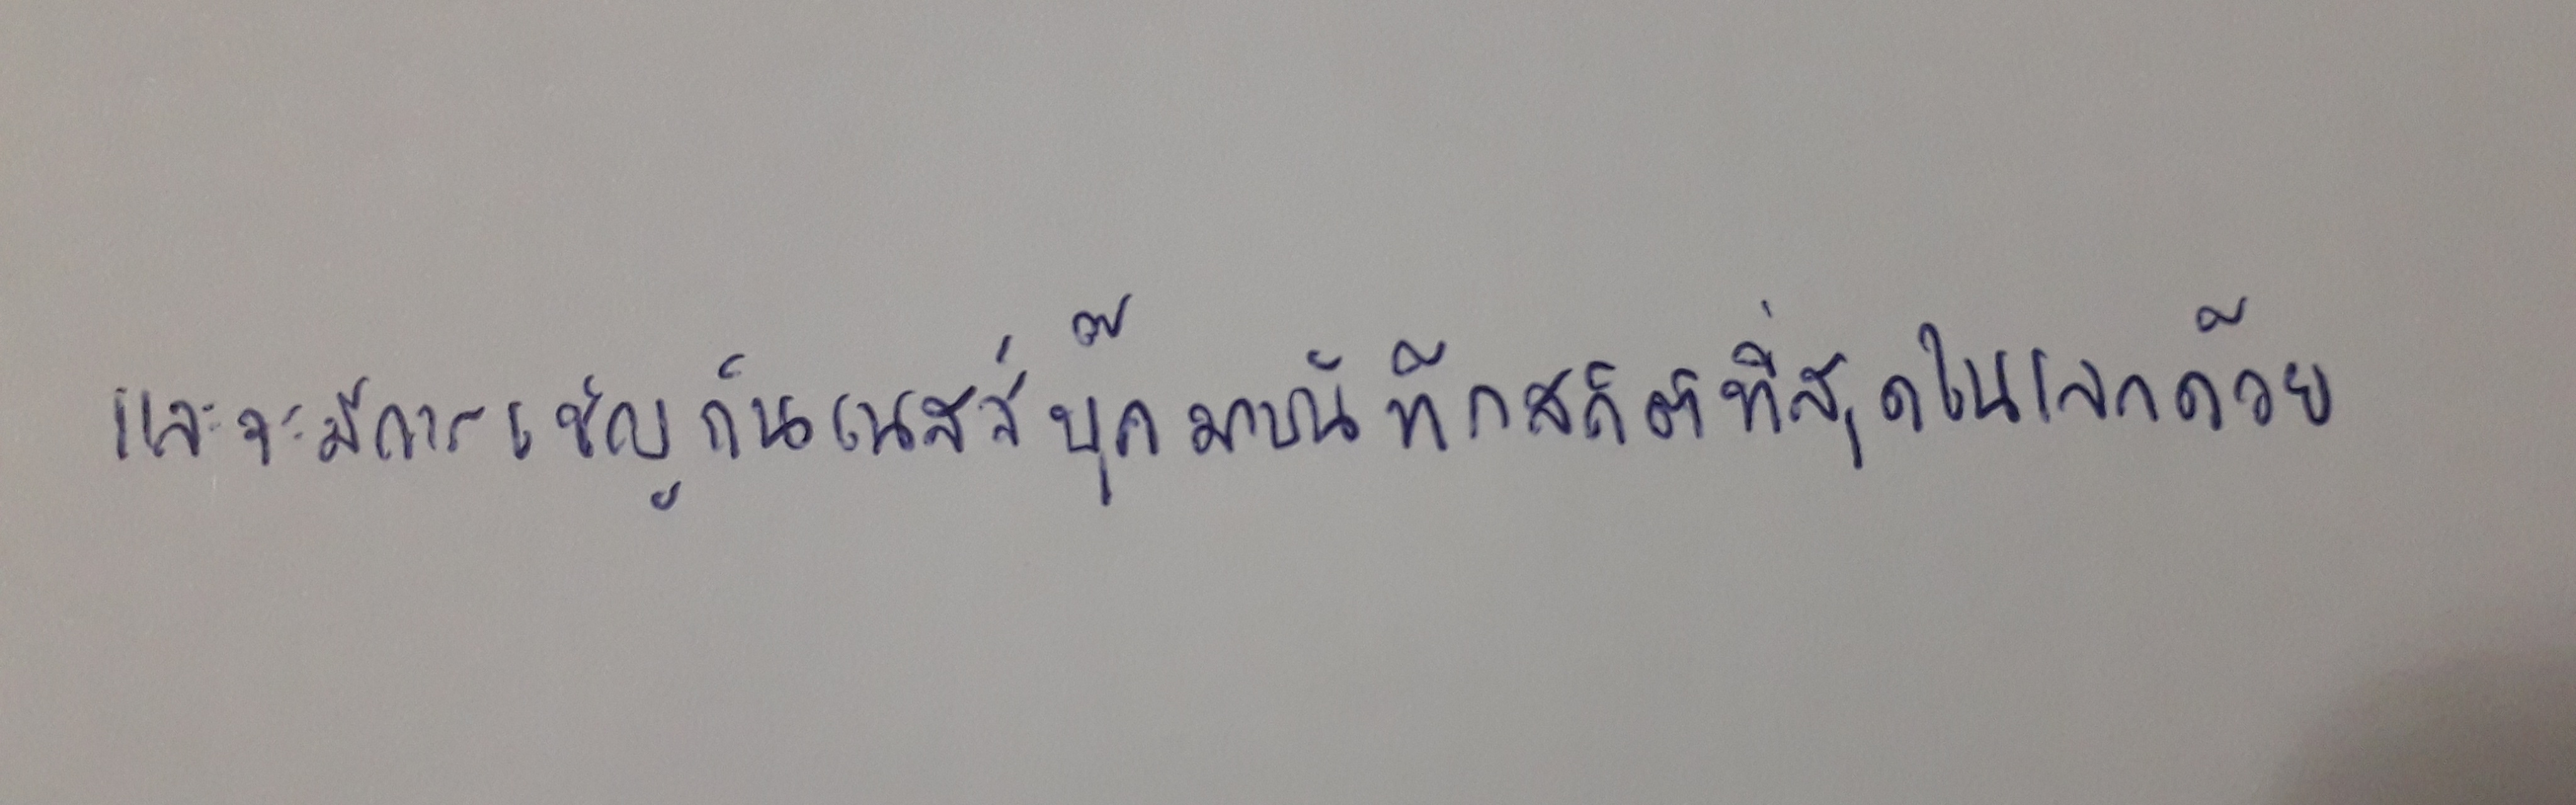
และจะมีการเชิญกินเนสส์บุ๊คมาบันทึกสถิติที่สุดในโลกด้วย